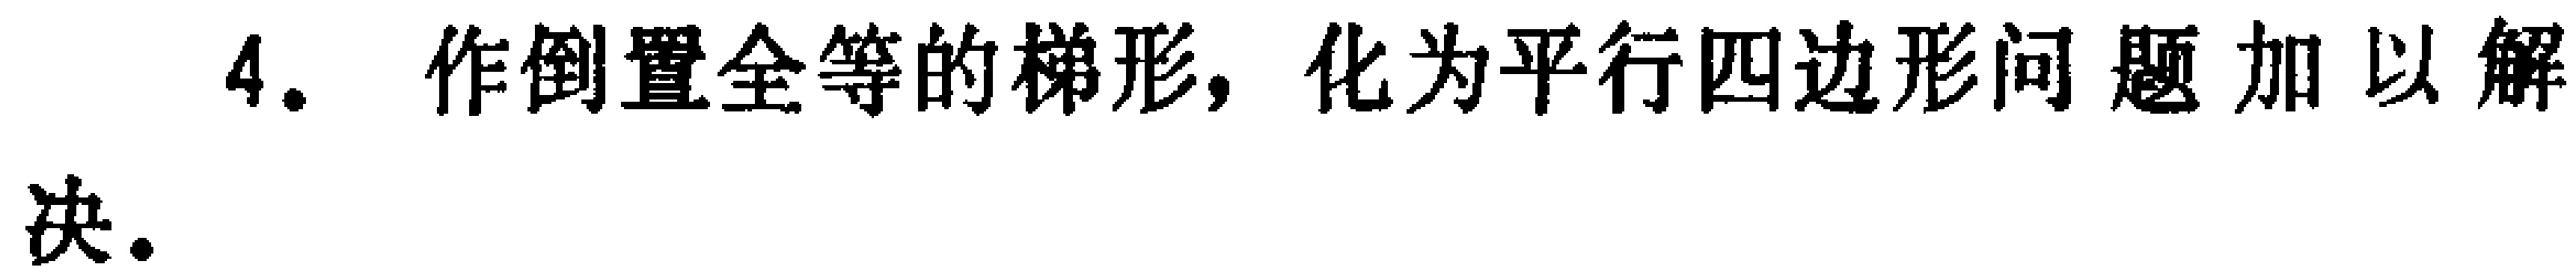
4. 作倒置全等的梯形，化为平行四边形问题加以解决。